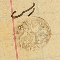
رىس سليم باز ١٨٨٣